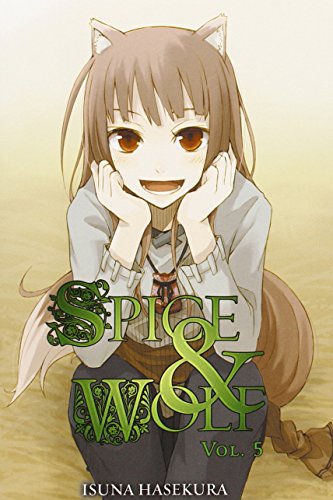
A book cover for Spice & Wolf, Vol. 5; Isuna Hasekura; Science Fiction & Fantasy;